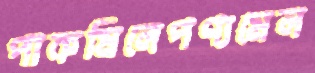
পাকমিলেপণ্যমেল